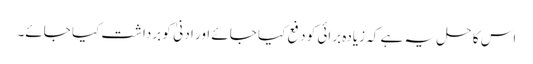
اس کا حل یہ ہے کہ زیادہ برائی کو دفع کیا جائے اور ادنیٰ کو برداشت کیا جائے۔